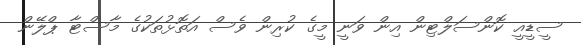
ސީޑީއީ ކޮންސަލްޓިން އިން ވަނީ މީގެ ކުރިން ވެސް އަތޮޅުތަކުގެ މާސްޓާ ޕްލޭން